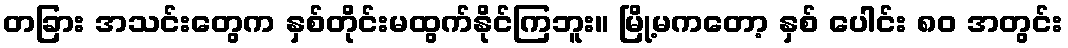
တခြား အသင်းတွေက နှစ်တိုင်းမထွက်နိုင်ကြဘူး။ မြို့မကတော့ နှစ် ပေါင်း ၈၀ အတွင်း